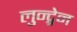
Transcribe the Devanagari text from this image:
लुन्द्ग्रेन